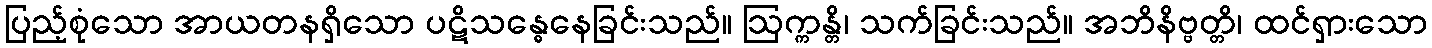
ပြည့်စုံသော အာယတနရှိသော ပဋိသန္ဓေနေခြင်းသည်။ ဩက္ကန္တိ၊ သက်ခြင်းသည်။ အဘိနိဗ္ဗတ္တိ၊ ထင်ရှားသော